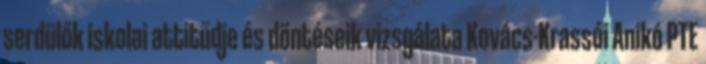
serdülők iskolai attitűdje és döntéseik vizsgálata Kovács-Krassói Anikó PTE